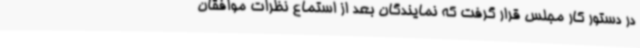
در دستور کار مجلس قرار گرفت که نمایندگان بعد از استماع نظرات موافقان